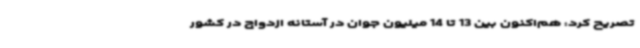
تصریح کرد: هم‌اکنون بین 13 تا 14 میلیون جوان در آستانه ازدواج در کشور